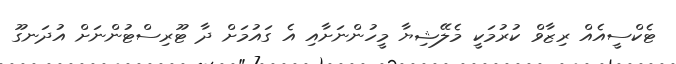
ޓެކްސީއެއް ރިޒާވް ކުރުމަކީ މެލޭޝިޔާ މީހުންނަށާއި އެ ގައުމަށް ދާ ޓޫރިސްޓުންނަށް އުދަނގޫ